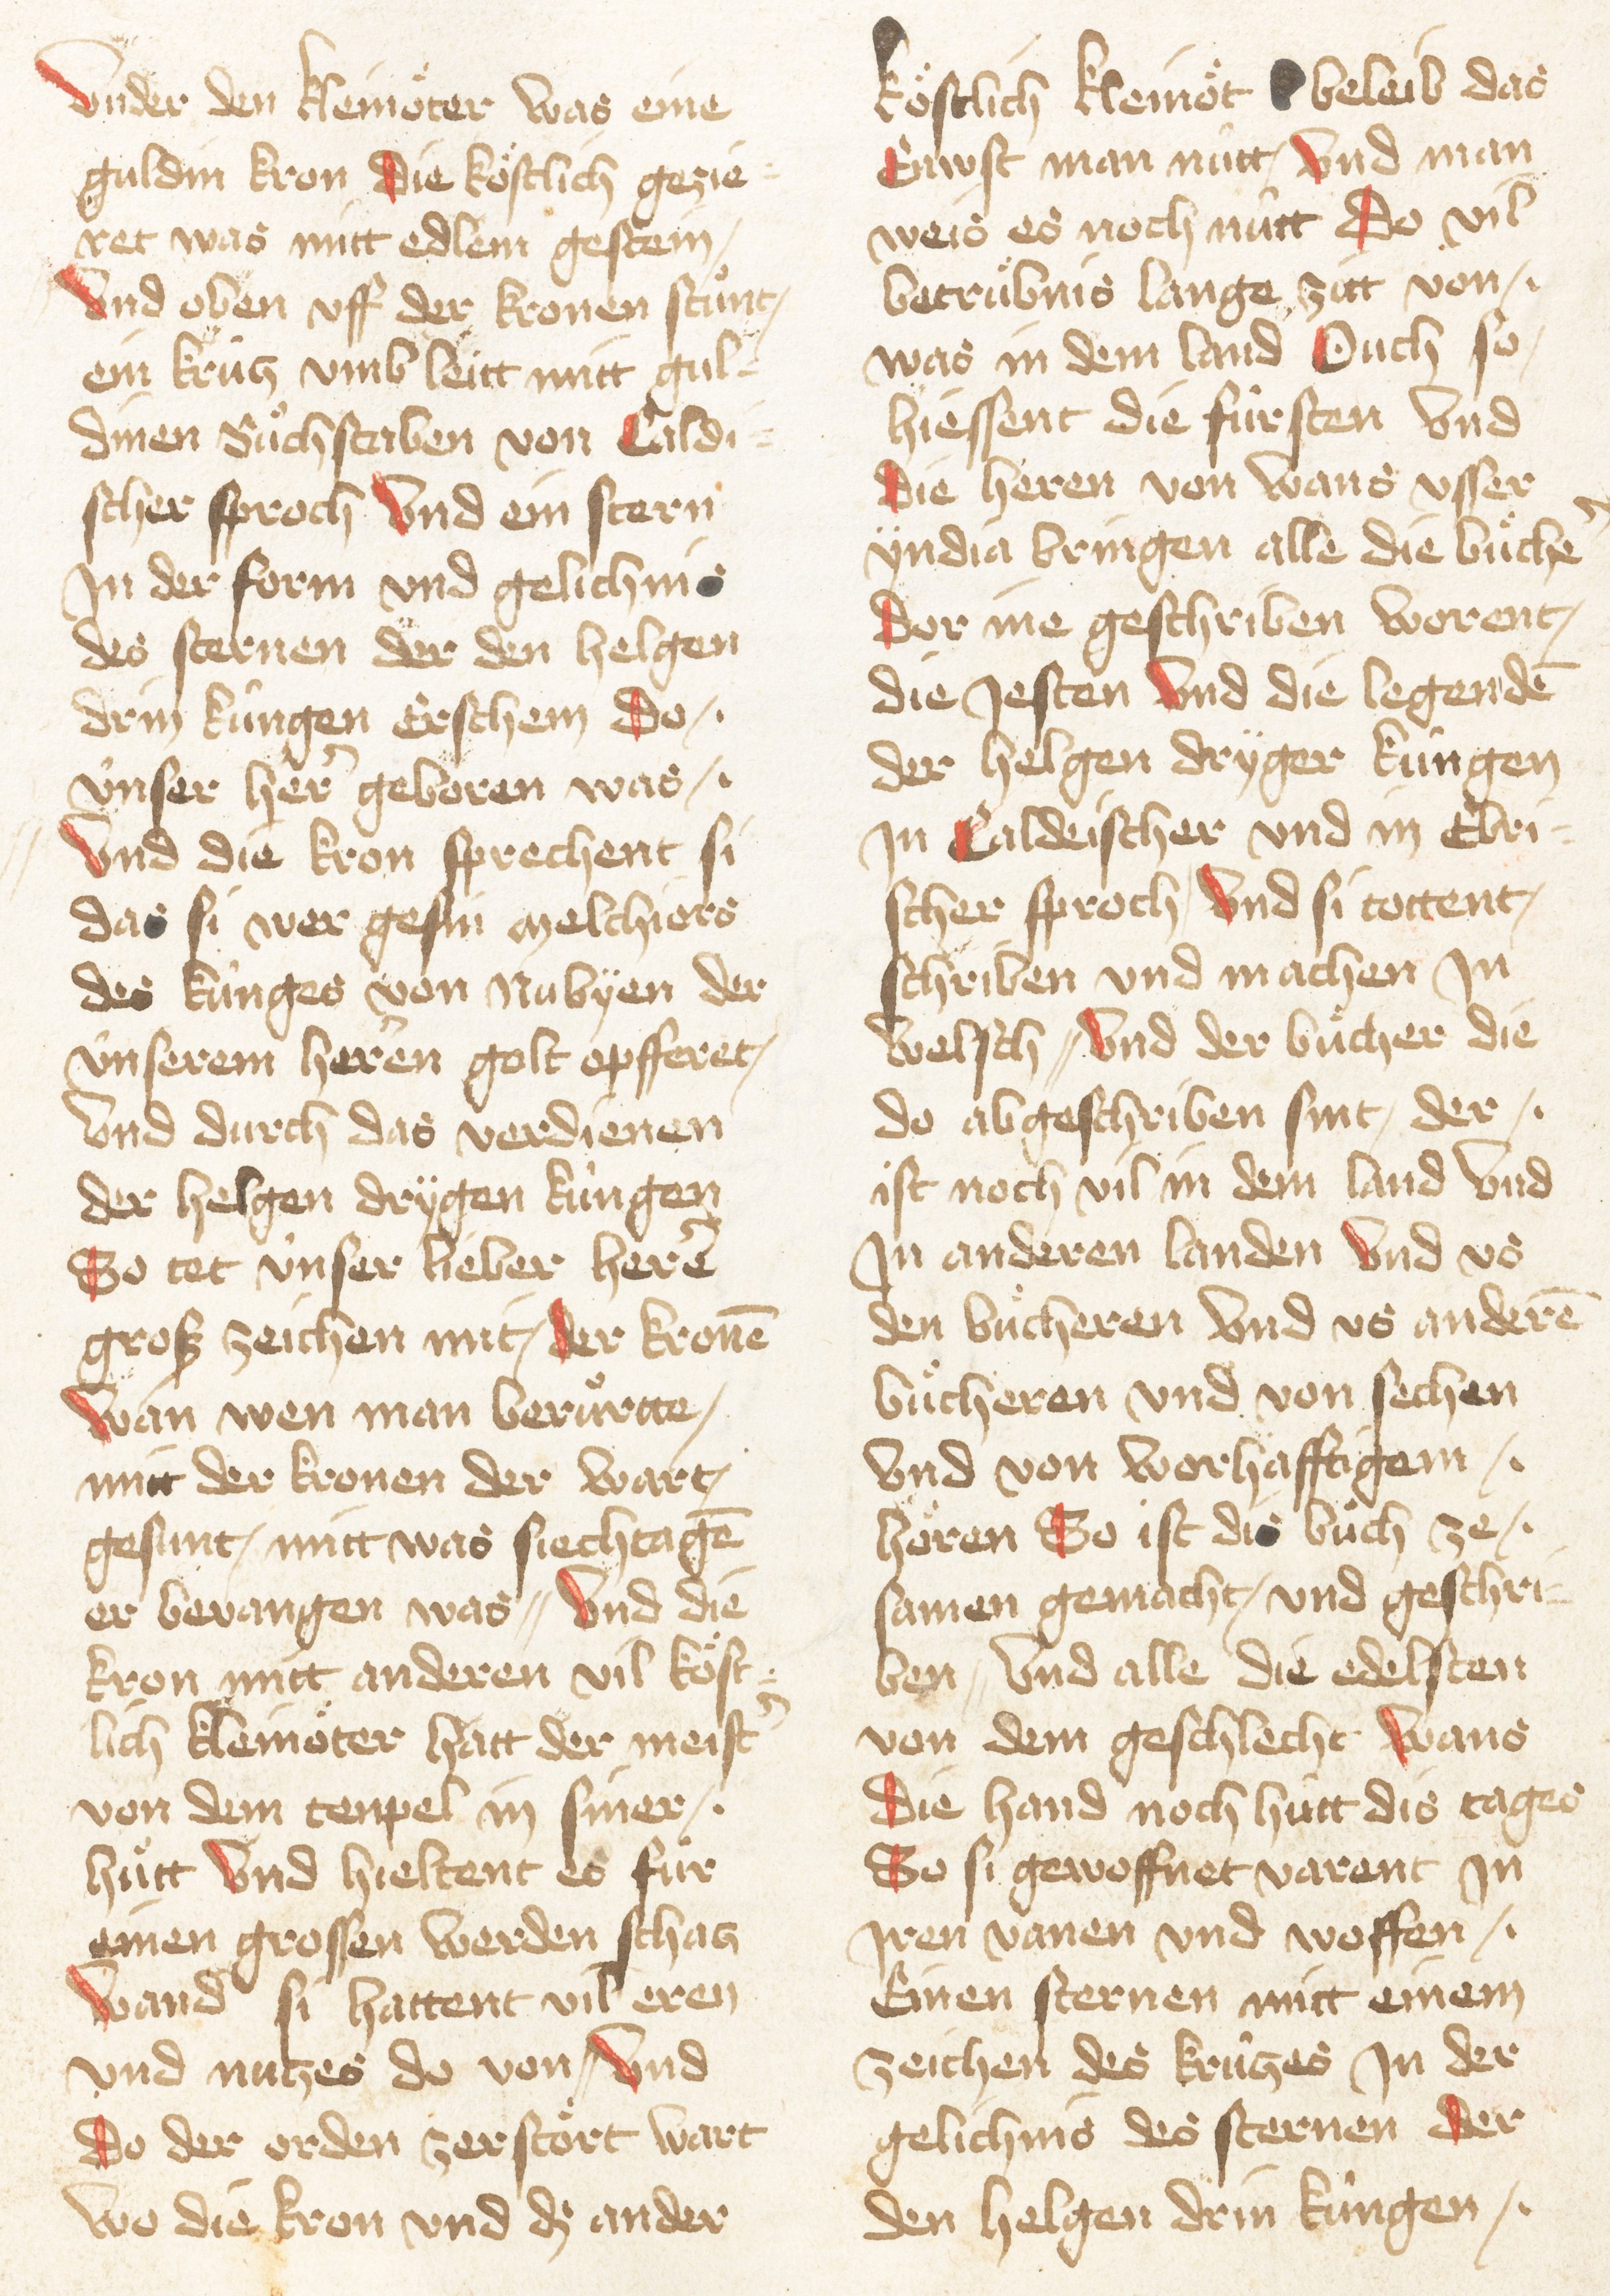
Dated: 1467–1467